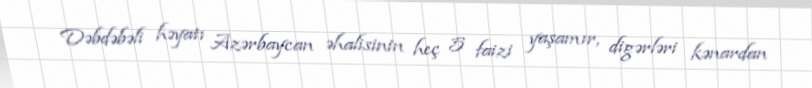
Dəbdəbəli həyatı Azərbaycan əhalisinin heç 5 faizi yaşamır, digərləri kənardan